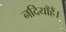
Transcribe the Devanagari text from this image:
नदियाँहैं।